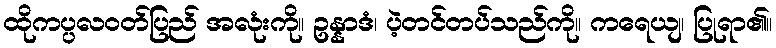
ထိုကပ္ပလဝတ်ပြည် အလုံးကို။ ဥန္နာဒံ၊ ပဲ့တင်တပ်သည်ကို။ ကရေယျ၊ ပြုရာ၏။